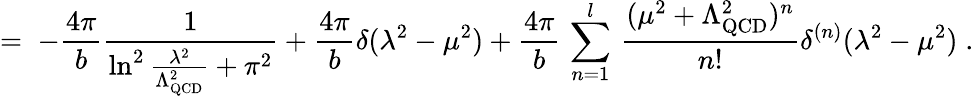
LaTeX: =\; -\frac{4\pi}{b}\frac{1}{\ln^{2}{\frac{\lambda^{2}}{\Lambda_{\mathrm{QCD}}^{2}}}+\pi^{2}}+\frac{4\pi}{b}\delta(\lambda^{2}-\mu^{2})+\frac{4\pi}{b}\, \sum_{n=1}^{l}\, \frac{(\mu^{2}+\Lambda_{\mathrm{QCD}}^{2})^{n}}{n!}\delta^{(n)}(\lambda^{2}-\mu^{2})\; .